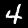
Digit: 4